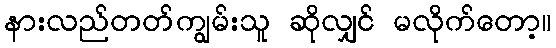
နားလည်တတ်ကျွမ်းသူ ဆိုလျှင် မလိုက်တော့။